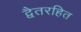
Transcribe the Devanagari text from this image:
द्वैतरहित